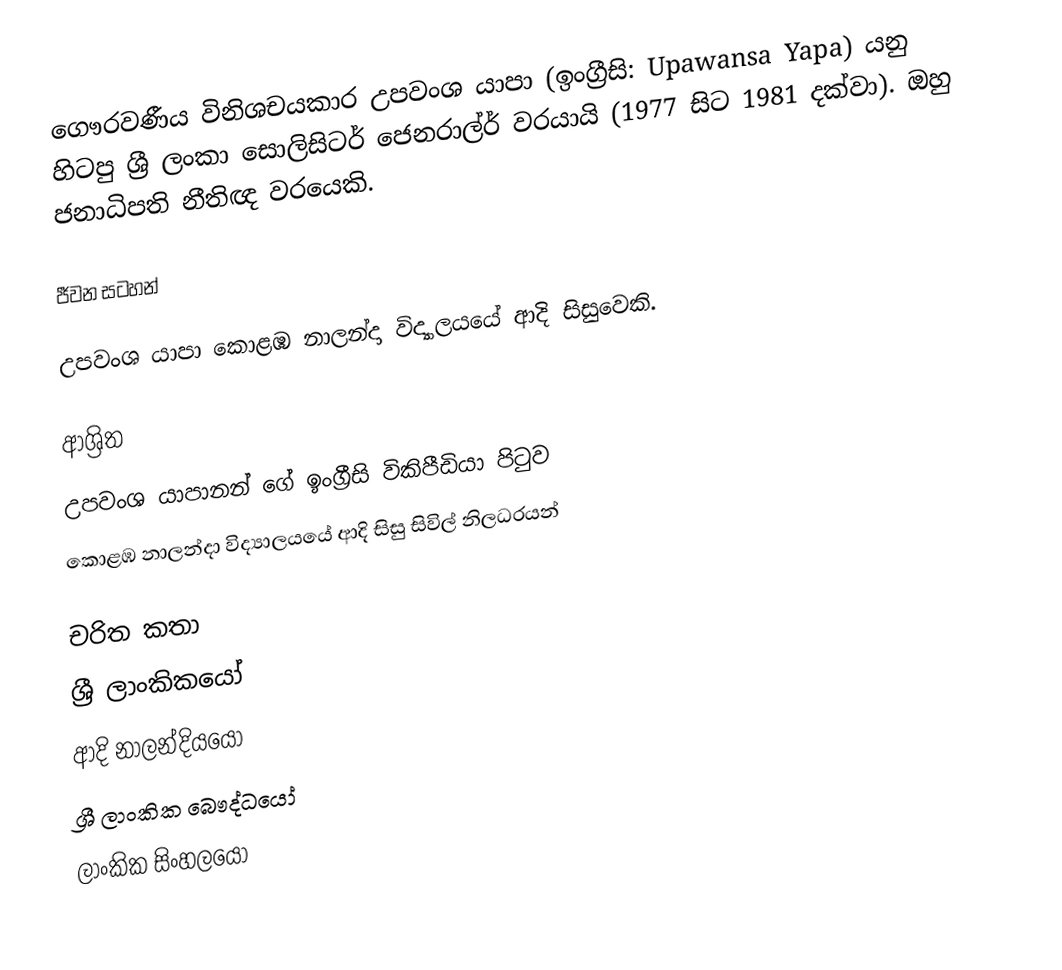
ගෞරවණීය විනිශචයකාර උපවංශ යාපා (ඉංග්‍රීසි: Upawansa Yapa) යනු  හිටපු ශ්‍රී ලංකා සොලිසිටර් ජෙනරාල්ර් වරයායි (1977 සිට 1981  දක්වා). ඔහු ජනාධිපති නීතිඥ වරයෙකි.

ජීවන සටහන්

උපවංශ යාපා  කොළඹ නාලන්දා විද්‍යාලයයේ ආදි සිසුවෙකි.

ආශ්‍රිත
  උපවංශ යාපානන් ගේ ඉංග්‍රීසි විකිපීඩියා පිටුව
 කොළඹ නාලන්දා විද්‍යාලයයේ ආදි සිසු සිවිල් නිලධරයන්

චරිත කතා
ශ්‍රී ලාංකිකයෝ
ආදි නාලන්දියයෝ
ශ්‍රී ලාංකික බෞද්ධයෝ
ලාංකික සිංහලයෝ